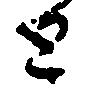
と